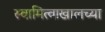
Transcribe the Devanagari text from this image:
स्वामित्वाखालच्या